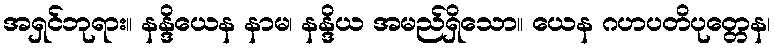
အရှင်ဘုရား။ နန္ဒိယေန နာမ၊ နန္ဒိယ အမည်ရှိသော။ ယေန ဂဟပတိပုတ္တေန၊